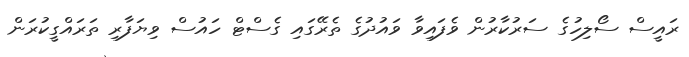
ރައީސް ސޯލިހުގެ ސަރުކާރުން ވެފައިވާ ވައުދުގެ ތެރޭގައި ގެސްޓް ހައުސް ވިޔަފާރި ތަރައްގީކުރަން